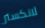
لانكستر